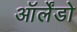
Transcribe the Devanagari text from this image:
ऑर्लेंडो